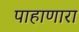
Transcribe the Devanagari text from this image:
पाहाणारा